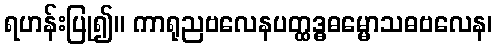
ရဟန်းပြု၍။ ကာရုညဗလေနပတ္ထဒ္ဓဓမ္မောသဓဗလေန၊